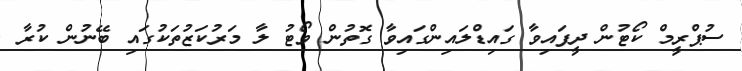
ސުޕްރީމް ކޯޓުން ދީފައިވާ ގައިޑްލައިންގައިވާ ގޮތުން ވޯޓު ލާ މަރުކަޒުތަކުގައި ބޭނުން ކުރާ